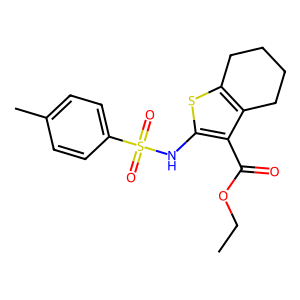
SMILES: CCOC(=O)c1c(NS(=O)(=O)c2ccc(C)cc2)sc2c1CCCC2
Inhibits HIV replication: No